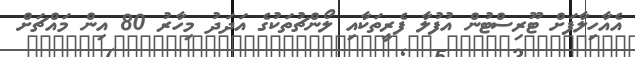
އެއާހިލާފަށް ޓޫރިސްޓުން އުފުލާ ފެރީތަކާއި ލޯންޗުތަކުގެ އަދަދު މިހާރު 80 އިން މައްޗަށް